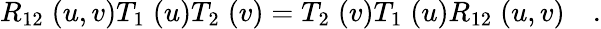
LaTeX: R_{12}\; (u,v)T_{1}\; (u)T_{2}\; (v)=T_{2}\; (v)T_{1}\; (u)R_{12}\; (u,v)\quad.